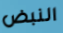
النبض